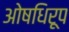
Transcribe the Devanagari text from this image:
ओषधिरूप